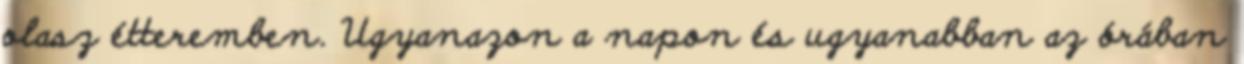
olasz étteremben. Ugyanazon a napon és ugyanabban az órában